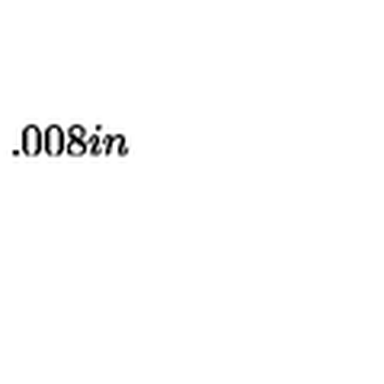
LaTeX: \setlength { \unitlength } { 0 . 0 0 8 i n }